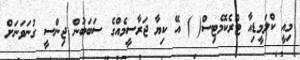
މިއީ ކްލަމީޑިއާ ޓްރެކޮމެޓިސް( ) އޭ ކިޔާ ޖަރާސީމެއްގެ ސަބަބުން ޖިންސީ ގުނަވަނަށް